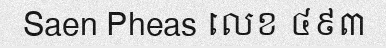
Saen Pheas លេខ ៤៩៣